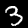
Digit: 3